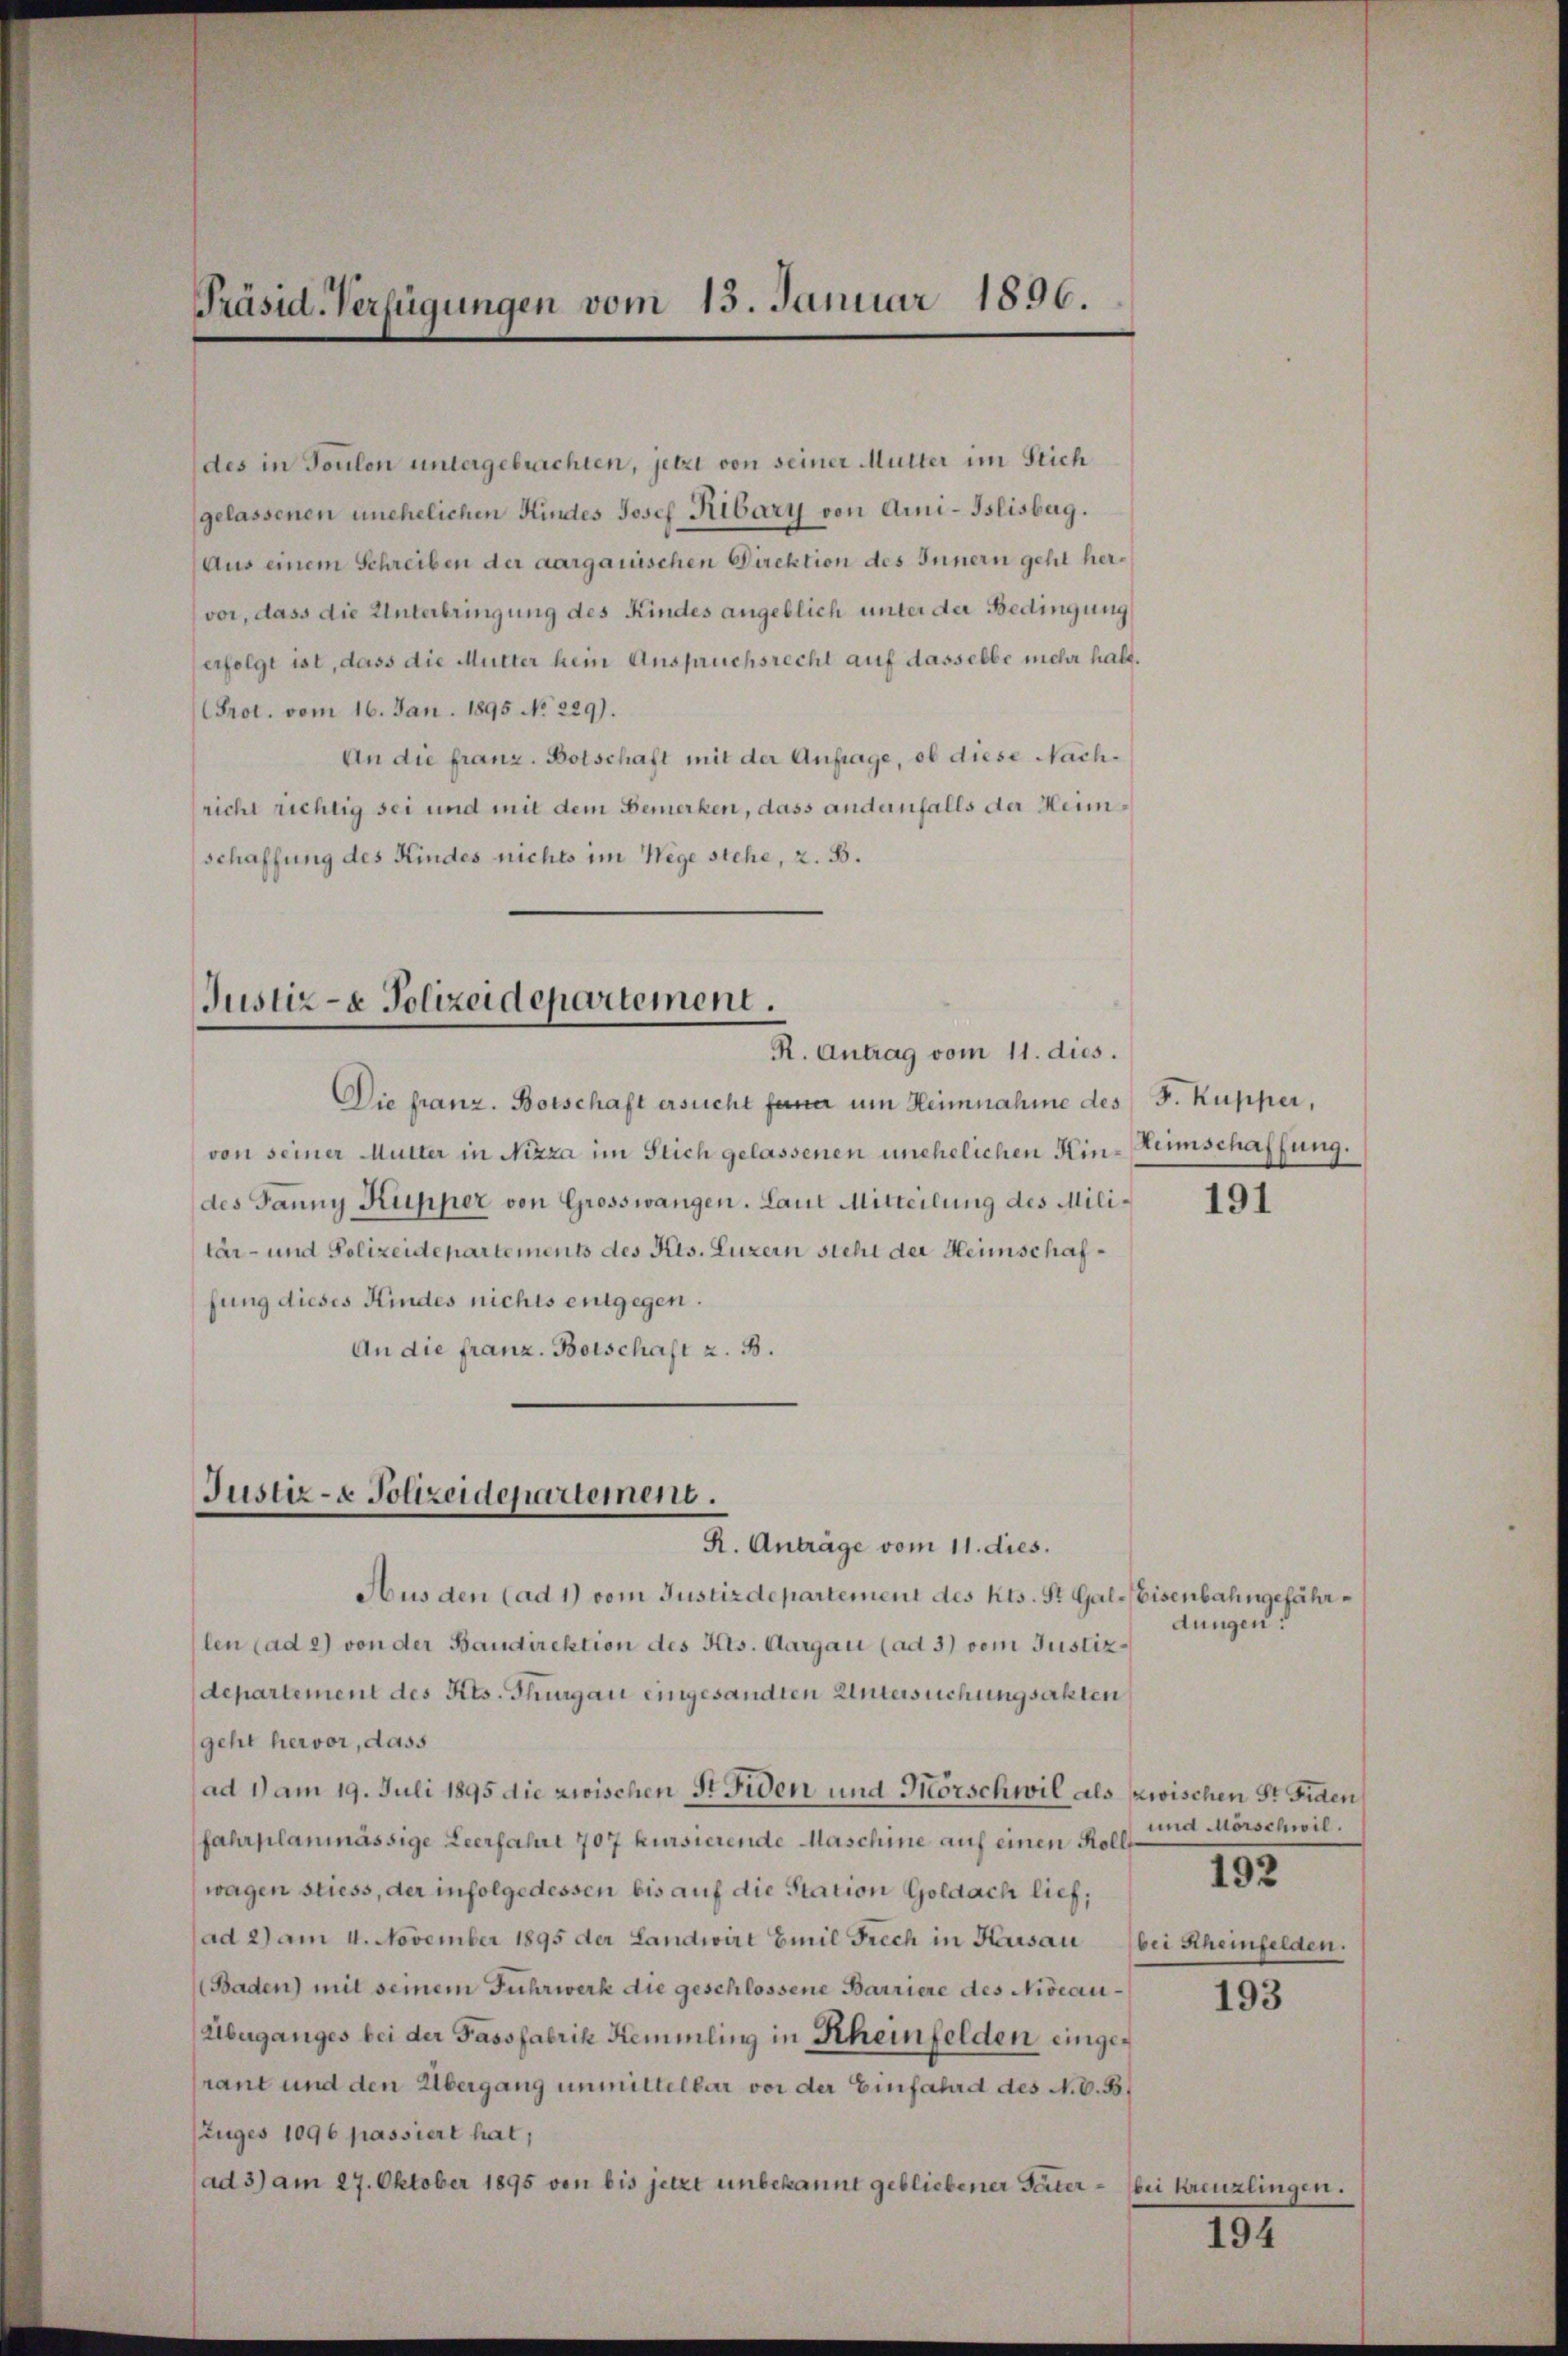
Präsid-Verfügungen vom 15. Januar 1896.

des in Toulon untergebrachten, jetzt von seiner Mutter im Flich
gelassenen unehelichen Kindes Josef Ribary von Ami-Tslisberg.
Aus einem Schreiben der aargauischen Direktion des Innern geht hervor, dass die Unterbringung des Kindes angeblich unter der Bedingung
erfolgt ist, dass die Mutter hein Anspruchsrecht auf dasselbe mehr halt.
Prot. vom 16. Jan. 1895 No 229).
An die franz. Botschaft mit der Anfrage, ob diese Nachricht richtig sei und mit dem Bemerken, dass andernfalls der Heimschaffung des Kindes nichts im Wege stehe, z. B.

Justiz- & Polizeidepartement.
R. Antrag vom 11. dies.

Die franz. Botschaft ersucht fana um Heimnahme des F. Kupper,
von seiner Mutter in Nizza im Flich gelassenen unehelichen Hin-Heimschaffung.
des Janny Kupper von Grosswangen. Laut Mitteilung des Militär- und Polizeidepartements des Kts. Luzern sicht der Heimschaffung dieses Kindes nichts entgegen.
An die franz. Botschaft z. B.

Justiz- & Polizeidepartement.
R. Anträge vom 11. dies.

Aus den (ad 1) vom Justizdepartement des Kts. St. Gal-Eisenbahngefährlen (ad 2) von der Baudirektion des Kts. Aargau (ad 3) dem Justiz-
departement des Kts. Thurgau eingesandten Untersuchungsakten
geht hervor, dass
ad 1) am 19. Juli 1895 die zwischen St. Fiden und Mörschwil als zwischen St. Fiden
fahrplanmässige Leerfahrt 707 kursierende Maschine auf einen Rollwagen stiess, der infolgedessen bis auf die Station Goldach lief,
(ad 2) am 4. November 1895 der Landwirt Emil Frech in Karsau (bei Scheinfelden,
Baden) mit seinem Fuhrwerk die geschlossene Barriere des Niveau¬
Überganges bei der Fassfabrik Hemmling in Rheinfelden eingerant und den Übergang unmittelbar vor der Einfahrd des N. V. B.
Zuges 1096 passiert hat,
ad 3) am 27. Oktober 1895 von bis jetzt unbekannt gebliebener Pater- bei kreuzlingen.

191

dungen:

und Mörschwil.
192

193

152